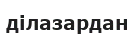
ділазардан